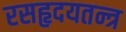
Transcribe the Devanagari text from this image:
रसहृदयतन्त्र